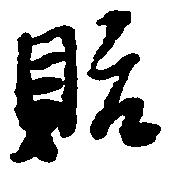
貽